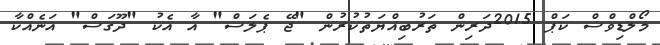
މޯލްޑިވްސް ކަޕް 2015ދަރިން ތަރުބިއްޔަތުކުރުން "ޖޭ ޕެލަސް" އާ އެކު "ދޫގަސް" އަނެއްކާ